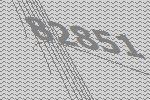
82851